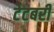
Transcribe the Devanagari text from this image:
टेटबरी